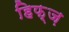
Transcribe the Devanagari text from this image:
हिफ़्ज़